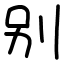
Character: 别